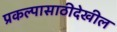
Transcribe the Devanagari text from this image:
प्रकल्पासाठीदेखील